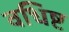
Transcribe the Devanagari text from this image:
वधिष्ट